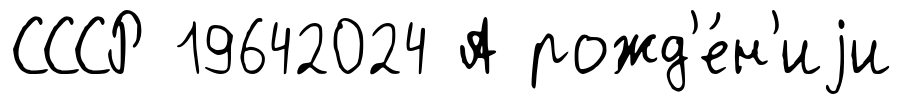
СССР 19642024 А рожд'е́н'иjи